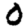
Digit: 0